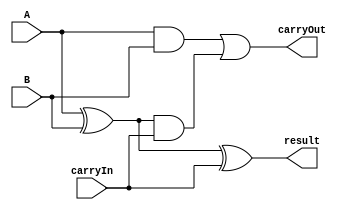
module full_adder(A, B, carryIn, result, carryOut);

	input 	wire		A, B, carryIn;
	output 	reg			result, carryOut;

	always @(*)begin
		result = (A ^ B) ^ carryIn;
		carryOut = (A & B) | ((A ^ B) & carryIn);
	end

endmodule